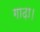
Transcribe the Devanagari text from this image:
गाढ़ा।